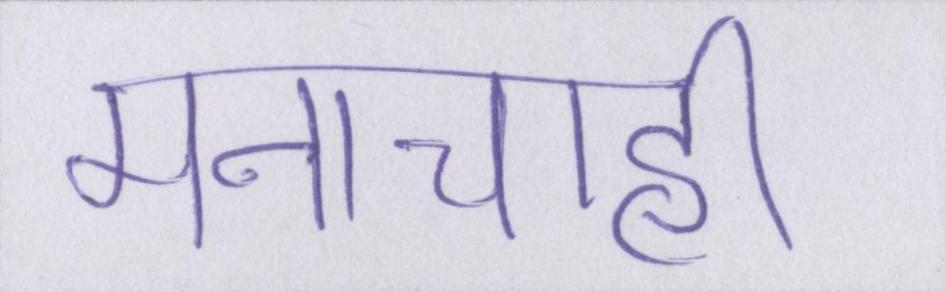
मनाचाही